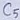
Text: C5